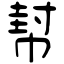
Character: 幇